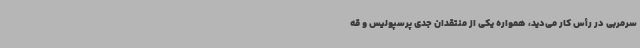
سرمربی در رأس کار می‌دید، همواره یکی از منتقدان جدی پرسپولیس و قه